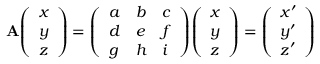
\mathbf { A } { \left( \begin{array} { l } { x } \\ { y } \\ { z } \end{array} \right) } = { \left( \begin{array} { l l l } { a } & { b } & { c } \\ { d } & { e } & { f } \\ { g } & { h } & { i } \end{array} \right) } { \left( \begin{array} { l } { x } \\ { y } \\ { z } \end{array} \right) } = { \left( \begin{array} { l } { x ^ { \prime } } \\ { y ^ { \prime } } \\ { z ^ { \prime } } \end{array} \right) }